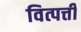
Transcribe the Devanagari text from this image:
वित्पत्ती